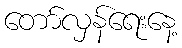
တော်လှန်ရေးနေ့